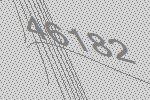
46182